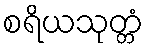
စရိယသုတ္တံ